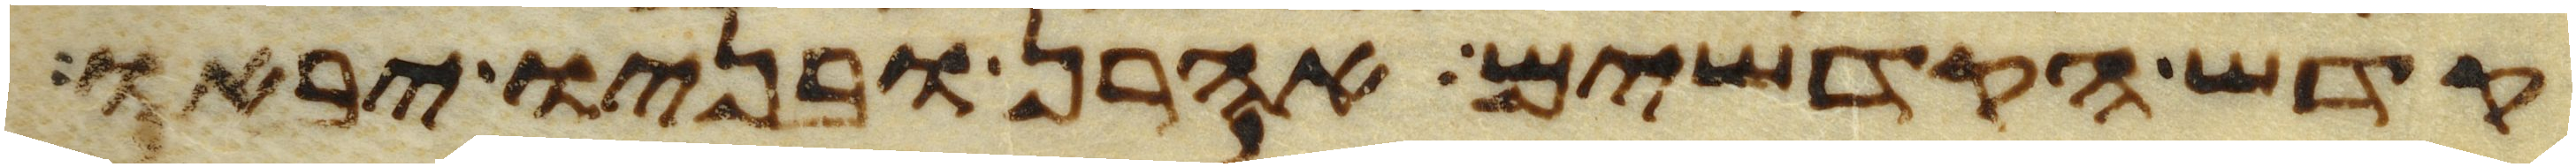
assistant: קדש הקדשים אהרן ובניו יבאו